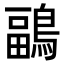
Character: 鶝